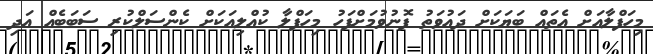
މިހަފްލާއަށް އެތައް ބަޔަކަށް ދައުވަތު ފޮނުވުމަށްފަހު މިހަފްލާ ކުއްލިއަކަށް ކެންސަލްކުރި ސަބަބެއް އަދި